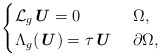
\begin{align*} \begin{cases} \mathcal{L}_g \textbf{\textit{U}} = 0 & \ \Omega, \\ \Lambda_{g} (\textbf{\textit{U}}) = \tau \textbf{\textit{U}} & \ \partial \Omega, \end{cases}\end{align*}